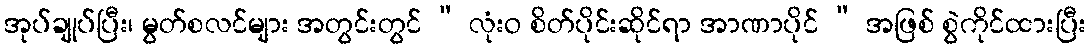
အုပ်ချုပ်ပြီး၊ မွတ်စလင်များ အတွင်းတွင် “ လုံးဝ စိတ်ပိုင်းဆိုင်ရာ အာဏာပိုင် “ အဖြစ် စွဲကိုင်ထားပြီး